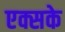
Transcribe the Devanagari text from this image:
एक्सके